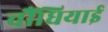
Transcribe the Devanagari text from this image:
चौंधियाई